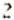
2